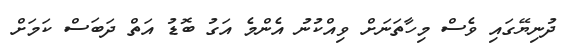
ދުނިޔޭގައި ވެސް މިހާތަނަށް ވިއްކުނު އެންމެ އަގު ބޮޑު އަތް ދަބަސް ކަމަށް